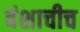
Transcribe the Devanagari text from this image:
वंशाचीच